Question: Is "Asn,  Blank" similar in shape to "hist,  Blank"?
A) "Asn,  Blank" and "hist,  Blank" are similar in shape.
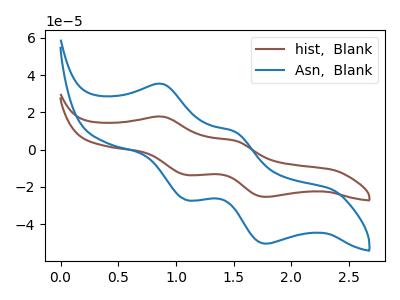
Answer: <think>The brown curve "hist,  Blank" has anodic peaks at (0.90V, 17.70uA) (1.50V, 4.75uA) and cathodic peaks at (1.10V, -13.60uA) (1.80V, -25.35uA). The blue curve "Asn,  Blank" has anodic peaks at (0.90V, 35.20uA) (1.50V, 9.50uA) and cathodic peaks at (1.10V, -27.05uA) (1.80V, -50.45uA).
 All the peaks in "Asn,  Blank" have a peak in "hist,  Blank" at the same potential. Every peak in "Asn,  Blank" is higher than every peak in "hist,  Blank".</think>
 <answer>A) "Asn,  Blank" and "hist,  Blank" are similar in shape.</answer>
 <eval>A</eval>